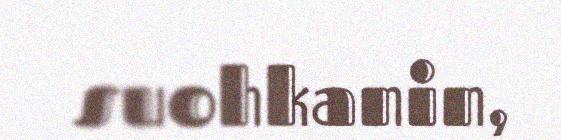
suohkanin,